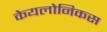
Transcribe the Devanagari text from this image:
केयलोनिकस